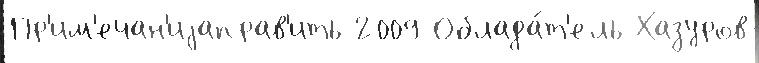
Пр'им'ечан'иjаправ'ить 2009 Облада́т'ель Хазуров